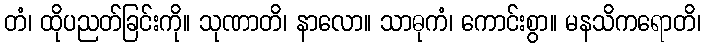
တံ၊ ထိုပညတ်ခြင်းကို။ သုဏာတိ၊ နာလော။ သာဓုကံ၊ ကောင်းစွာ။ မနသိကရောတိ၊